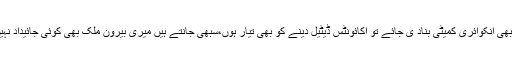
کوئی بھی انکوائری کمیٹی بناد ی جائے تو اکائونٹس ڈیٹیل دینے کو بھی تیار ہوں،سبھی جانتے ہیں میری بیرون ملک بھی کوئی جائیداد نہیں ہے۔